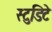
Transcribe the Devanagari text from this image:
स्टुडिटे